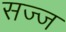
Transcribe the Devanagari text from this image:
सज्‍ज